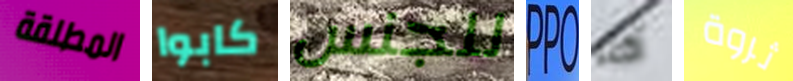
المطلقة كابوا للجنس PPO أكثر ثروة